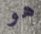
هو